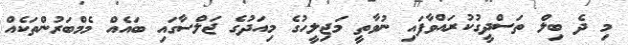
މި ދެ ބިލް ތަސްދީގުކުރައްވާފައި ނުވާތީ މަޖިލީހުގެ މިއަދުގެ ޖަލްސާގައި ބައެއް މެމްބަރުންތަކެއް